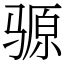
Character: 𫘪